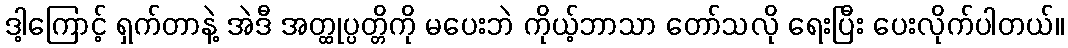
ဒါ့ကြောင့် ရှက်တာနဲ့ အဲဒီ အတ္ထုပ္ပတ္တိကို မပေးဘဲ ကိုယ့်ဘာသာ တော်သလို ရေးပြီး ပေးလိုက်ပါတယ်။